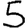
Digit: 5